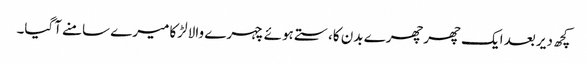
کچھ دیر بعد ایک چھرچھرے بدن کا،ستے ہوئے چہرے والا لڑکا میرے سامنے آگیا۔